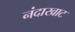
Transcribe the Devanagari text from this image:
नंदाखाट